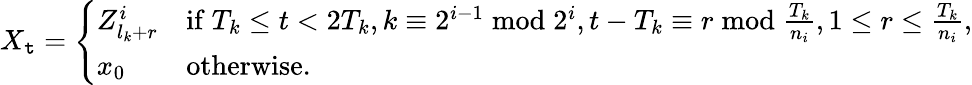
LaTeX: X_{\mathtt{t}}=\left\{ \begin{array}{ll}{Z_{l_{k}+r}^{i}}&{\mathrm{if~}T_{k}\leq t<2T_{k},k\equiv 2^{i-1}\bmod 2^{i},t-T_{k}\equiv r\bmod\frac{T_{k}}{n_{i}},1\leq r\leq\frac{T_{k}}{n_{i}},}\\ {x_{0}}&{\mathrm{otherwise}.}\end{array}\right.